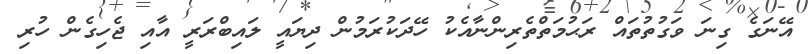
އޭނަގެ ގިނަ ވަގުތުތައް ރަޙުމަތްތެރިންނާއެކު ހޭދަކުރަމުން ދިޔައީ ލައިބްރަރީ އާއި ޖެހިގެން ހުރި